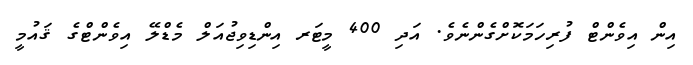
އިން އިވެންޓް ފުރިހަމަކޮށްގެންނެވެ. އަދި 400 މީޓަރ އިންޑިވިޖުއަލް މެޑްލޭ އިވެންޓްގެ ޤައުމީ